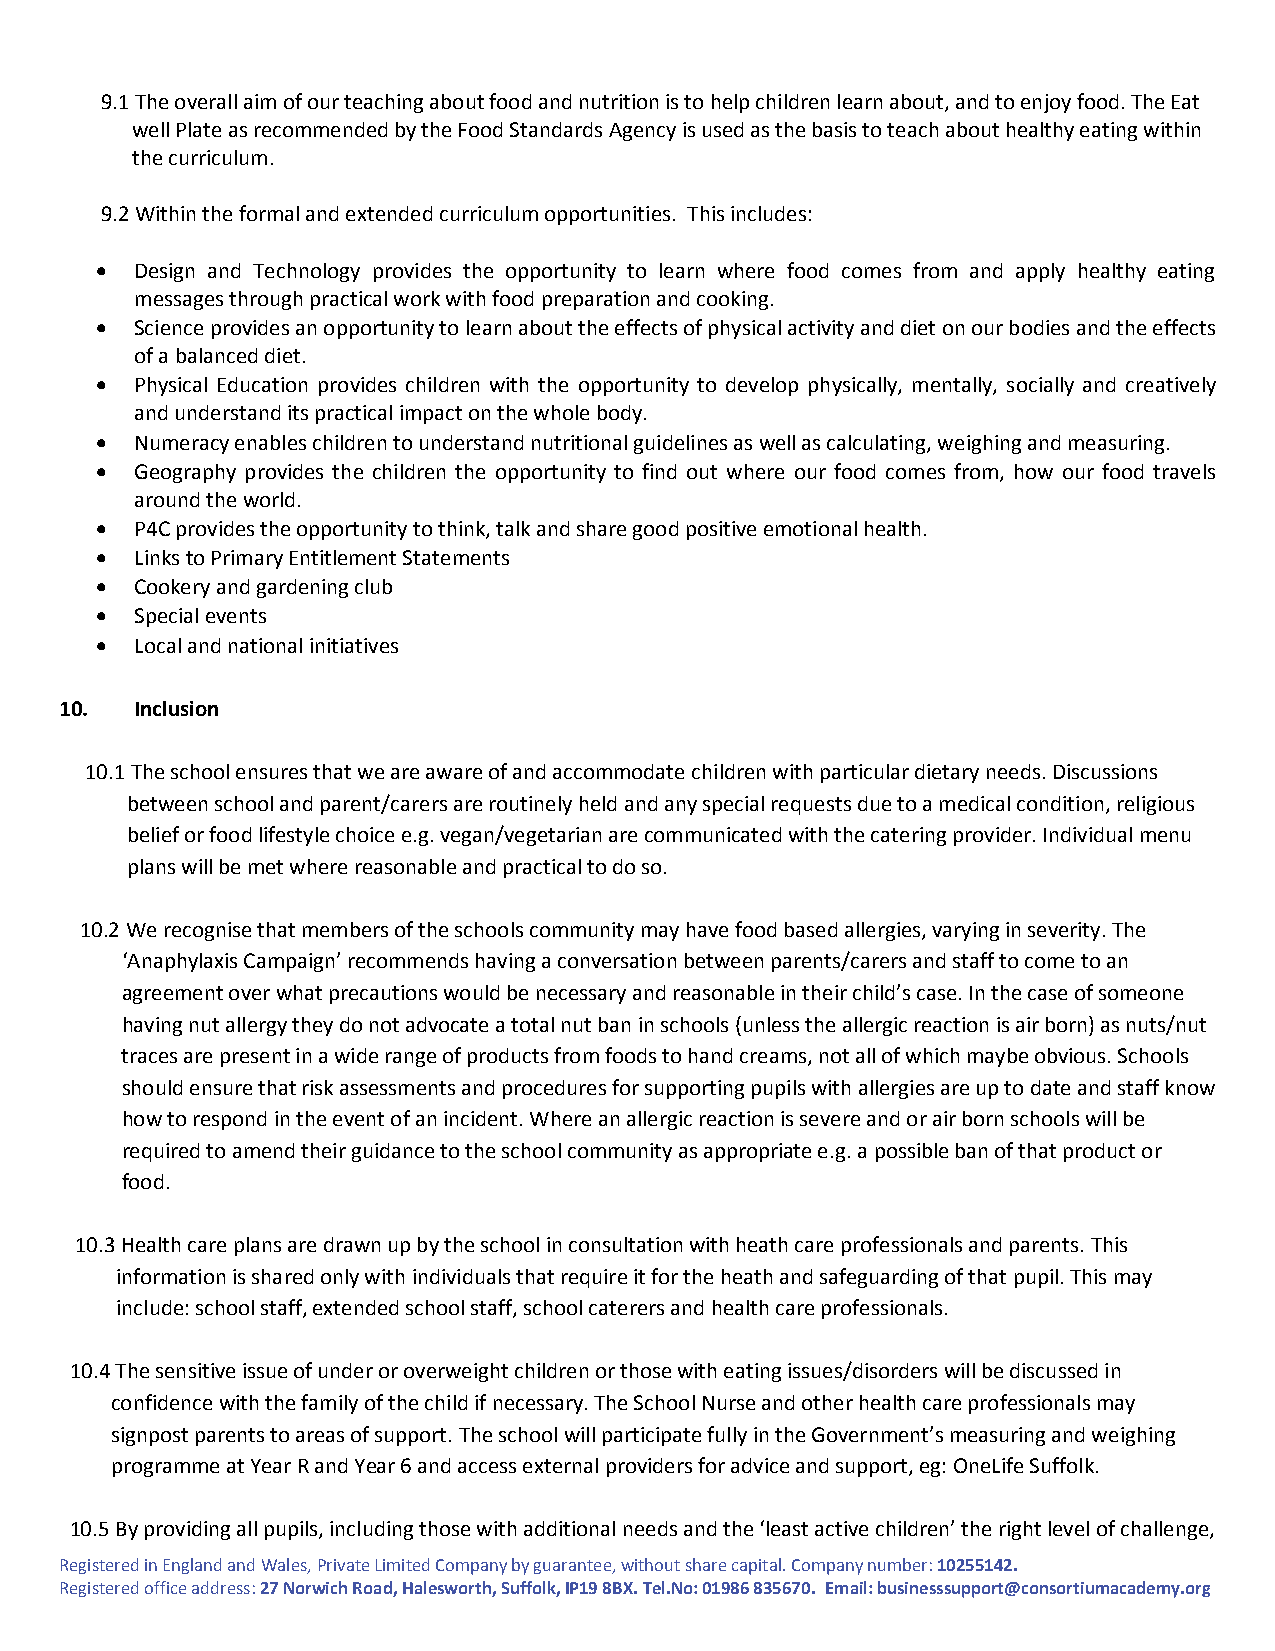
9.1 The overall aim of our teaching about food and nutrition is to help children learn about, and to enjoy food. The Eat
 well Plate as recommended by the Food Standards Agency is used as the basis to teach about healthy eating within
 the curriculum.
 9.2 Within the formal and extended curriculum opportunities. This includes:
   Design and Technology provides the opportunity to learn where food comes from and apply healthy eating
 messages through practical work with food preparation and cooking.
   Science provides an opportunity to learn about the effects of physical activity and diet on our bodies and the effects
 of a balanced diet.
   Physical Education provides children with the opportunity to develop physically, mentally, socially and creatively
 and understand its practical impact on the whole body.
   Numeracy enables children to understand nutritional guidelines as well as calculating, weighing and measuring.
   Geography provides the children the opportunity to find out where our food comes from, how our food travels
 around the world.
   P4C provides the opportunity to think, talk and share good positive emotional health.
   Links to Primary Entitlement Statements
   Cookery and gardening club
   Special events
   Local and national initiatives
 10.  Inclusion
 10.1 The school ensures that we are aware of and accommodate children with particular dietary needs. Discussions
 between school and parent/carers are routinely held and any special requests due to a medical condition, religious
 belief or food lifestyle choice e.g. vegan/vegetarian are communicated with the catering provider. Individual menu
 plans will be met where reasonable and practical to do so.
 10.2 We recognise that members of the schools community may have food based allergies, varying in severity. The
 ‘Anaphylaxis Campaign’ recommends having a conversation between parents/carers and staff to come to an
 agreement over what precautions would be necessary and reasonable in their child’s case. In the case of someone
 having nut allergy they do not advocate a total nut ban in schools (unless the allergic reaction is air born) as nuts/nut
 traces are present in a wide range of products from foods to hand creams, not all of which maybe obvious. Schools
 should ensure that risk assessments and procedures for supporting pupils with allergies are up to date and staff know
 how to respond in the event of an incident. Where an allergic reaction is severe and or air born schools will be
 required to amend their guidance to the school community as appropriate e.g. a possible ban of that product or
 food.
 10.3 Health care plans are drawn up by the school in consultation with heath care professionals and parents. This
 information is shared only with individuals that require it for the heath and safeguarding of that pupil. This may
 include: school staff, extended school staff, school caterers and health care professionals.
 10.4 The sensitive issue of under or overweight children or those with eating issues/disorders will be discussed in
 confidence with the family of the child if necessary. The School Nurse and other health care professionals may
 signpost parents to areas of support. The school will participate fully in the Government’s measuring and weighing
 programme at Year R and Year 6 and access external providers for advice and support, eg: OneLife Suffolk.
 10.5 By providing all pupils, including those with additional needs and the ‘least active children’ the right level of challenge,
 Registered in England and Wales, Private Limited Company by guarantee, without share capital. Company number: 10255142.
 Registered office address: 27 Norwich Road, Halesworth, Suffolk, IP19 8BX. Tel.No: 01986 835670. Email: businesssupport@consortiumacademy.org